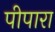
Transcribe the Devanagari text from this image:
पीपारा